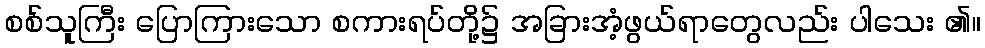
စစ်သူကြီး ပြောကြားသော စကားရပ်တို့၌ အခြားအံ့ဖွယ်ရာတွေလည်း ပါသေး ၏။